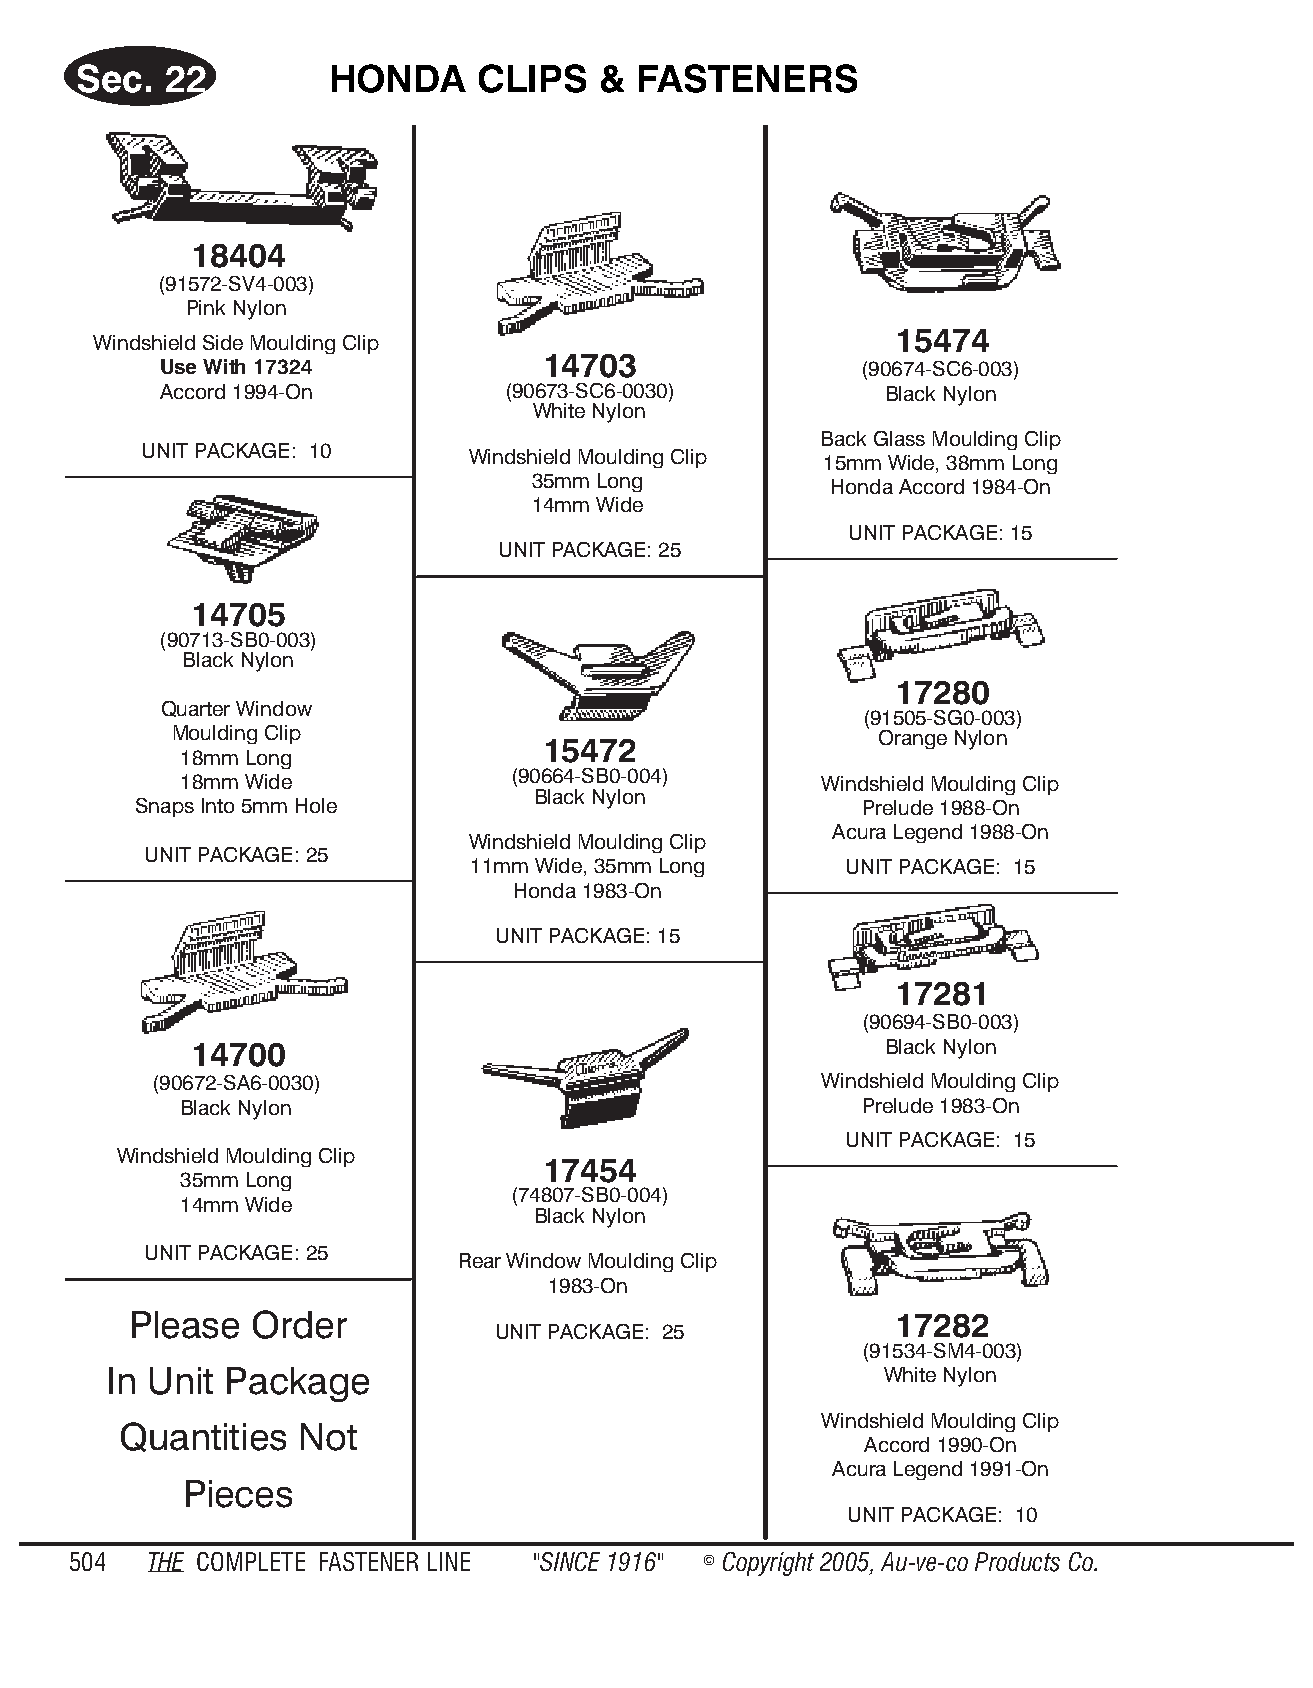
Sec.  22         HONDA     CLIPS   & FAS  TENE   RS
 18404
 (91572-SV4-003)
 Pink Nylon
 15474
 Windshield Side Moulding Clip
 14703
 Use With 17324                                (90674-SC6-003)
 Accord 1994-On         (90673-SC6-0030)         Black Nylon
 White Nyl on
 Back Glass Moulding Clip
 UNIT PACKAGE: 10     Windshield Moulding Clip
 15mm Wide, 38mm Long
 35mm Long
 Honda Accord 1984-On
 14mm Wide
 UNIT PACKAGE: 15
 UNIT PACK AGE: 25
 14705
 (90713-SB0-003)
 Black Nyl on
 17280
 Quarter Window
 (91505-SG0-003)
 Moulding Clip                                 Or ange Ny lon
 15472
 18mm Long
 18mm Wide             (90664-SB0-004)      Windshield Moulding Clip
 Black Nyl on
 Snaps Into 5mm Hole                             Prelude 1988-On
 Acura Legend 1988-On
 Windshield Moulding Clip
 UNIT PACKAGE: 25
 11mm Wide, 35mm Long     UNIT PACKAGE: 15
 Honda 1983-On
 UNIT PACKAGE: 15
 17281
 (90694-SB0-003)
 14700                                         Black Nylon
 (90672-SA6-0030)                             Windshield Moulding Clip
 Black Nylon                                  Prelude 1983-On
 UNIT PACKAGE: 15
 Windshield Moulding Clip
 17454
 35mm Long
 (74807-SB0-004)
 14mm Wide
 Black Nyl on
 UNIT PACKAGE: 25
 Rear Window Moulding Clip
 1983-On
 Please  Order                                      17282
 UNIT PACKAGE: 25
 (91534-SM4-003)
 In Unit Package                                     White Nylon
 Windshield Moulding Clip
 Quantities  Not
 Accord 1990-On
 Acura Legend 1991-On
 Pieces
 UNIT PACKAGE: 10
 504  THE COM PLETE FAST ENER LINE "SINCE 1916" © Copyr ight 2005, Au-ve-co Prod ucts Co.